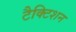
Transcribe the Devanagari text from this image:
टैक्टिशन